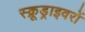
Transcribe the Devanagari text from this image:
स्क्रूड्राइवरों